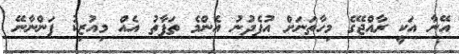
އޭނާ އަކީ ރާއްޖޭގެ މިހާތަނަށް އުފެދުނު އެންމެ ތަފާތު އެއް މިއުޒިކު ފަންނާނޭ